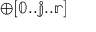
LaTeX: \mathbb { \oplus [ 0 . . j . . r ] }